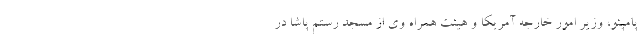
پامپئو، وزیر امور خارجه آمریکا و هیئت همراه وی از مسجد رستم پاشا در